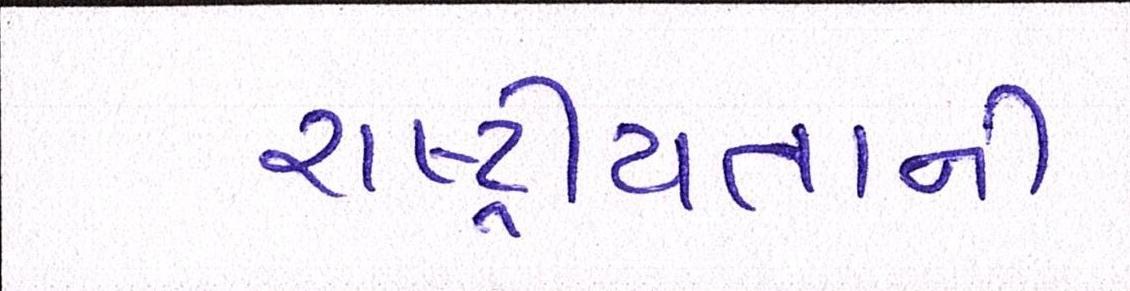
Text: રાષ્ટ્રીયતાની